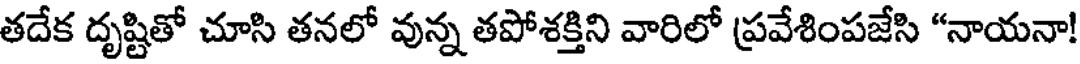
తదేక దృష్టితో చూసి తనలో వున్న తపోశక్తిని వారిలో ప్రవేశింపజేసి "నాయనా!